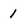
Character: 1